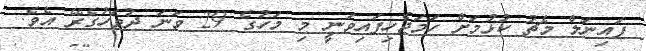
ފައިނަލް މެޗު ކުޅުމަށް ހަމަޖެހިފައިވަނީ މި މަހުގެ 29 ވަނަ ދުވަހުގެރޭ އެވެ.